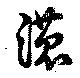
濃